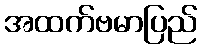
အထက်ဗမာပြည်